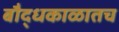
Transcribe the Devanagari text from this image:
बौद्धकाळातच